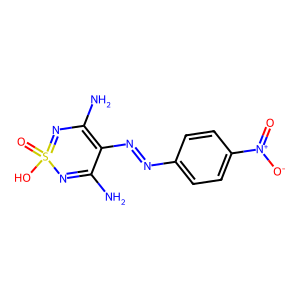
SMILES: NC1=NS(=O)(O)=NC(N)=C1N=Nc1ccc([N+](=O)[O-])cc1
Inhibits HIV replication: No